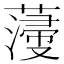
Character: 薓